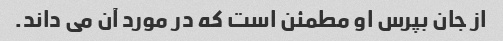
از جان بپرس او مطمئن است که در مورد آن می داند.